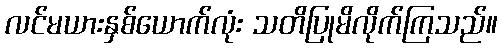
လင်မယားနှစ်ယောက်လုံး သတိပြုမိလိုက်ကြသည်။